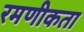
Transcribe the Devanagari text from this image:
रमणीकता